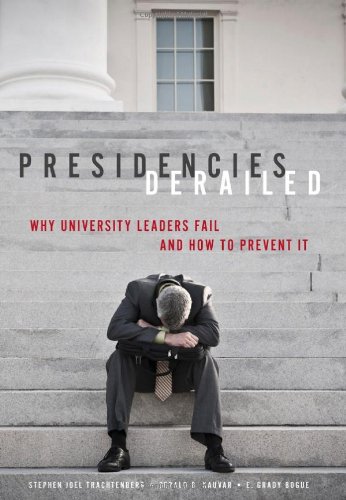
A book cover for Presidencies Derailed: Why University Leaders Fail and How to Prevent It; Stephen Joel Trachtenberg; Education & Teaching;